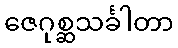
ဇေဂုစ္ဆသင်္ခါတာ